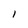
Character: l